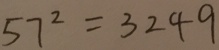
5 7 ^ { 2 } = 3 2 4 9